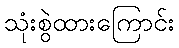
သုံးစွဲထားကြောင်း